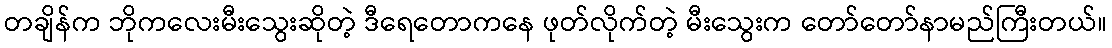
တချိန်က ဘိုကလေးမီးသွေးဆိုတဲ့ ဒီရေတောကနေ ဖုတ်လိုက်တဲ့ မီးသွေးက တော်တော်နာမည်ကြီးတယ်။